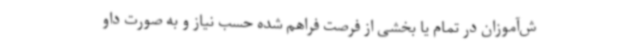
ش‌آموزان در تمام یا بخشی از فرصت فراهم شده حسب نیاز و به صورت داو